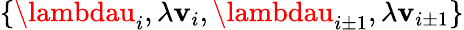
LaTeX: \{ \lambdau_{i},\lambda\mathbf{v}_{i},\lambdau_{i\pm1},\lambda\mathbf{v}_{i\pm1}\}